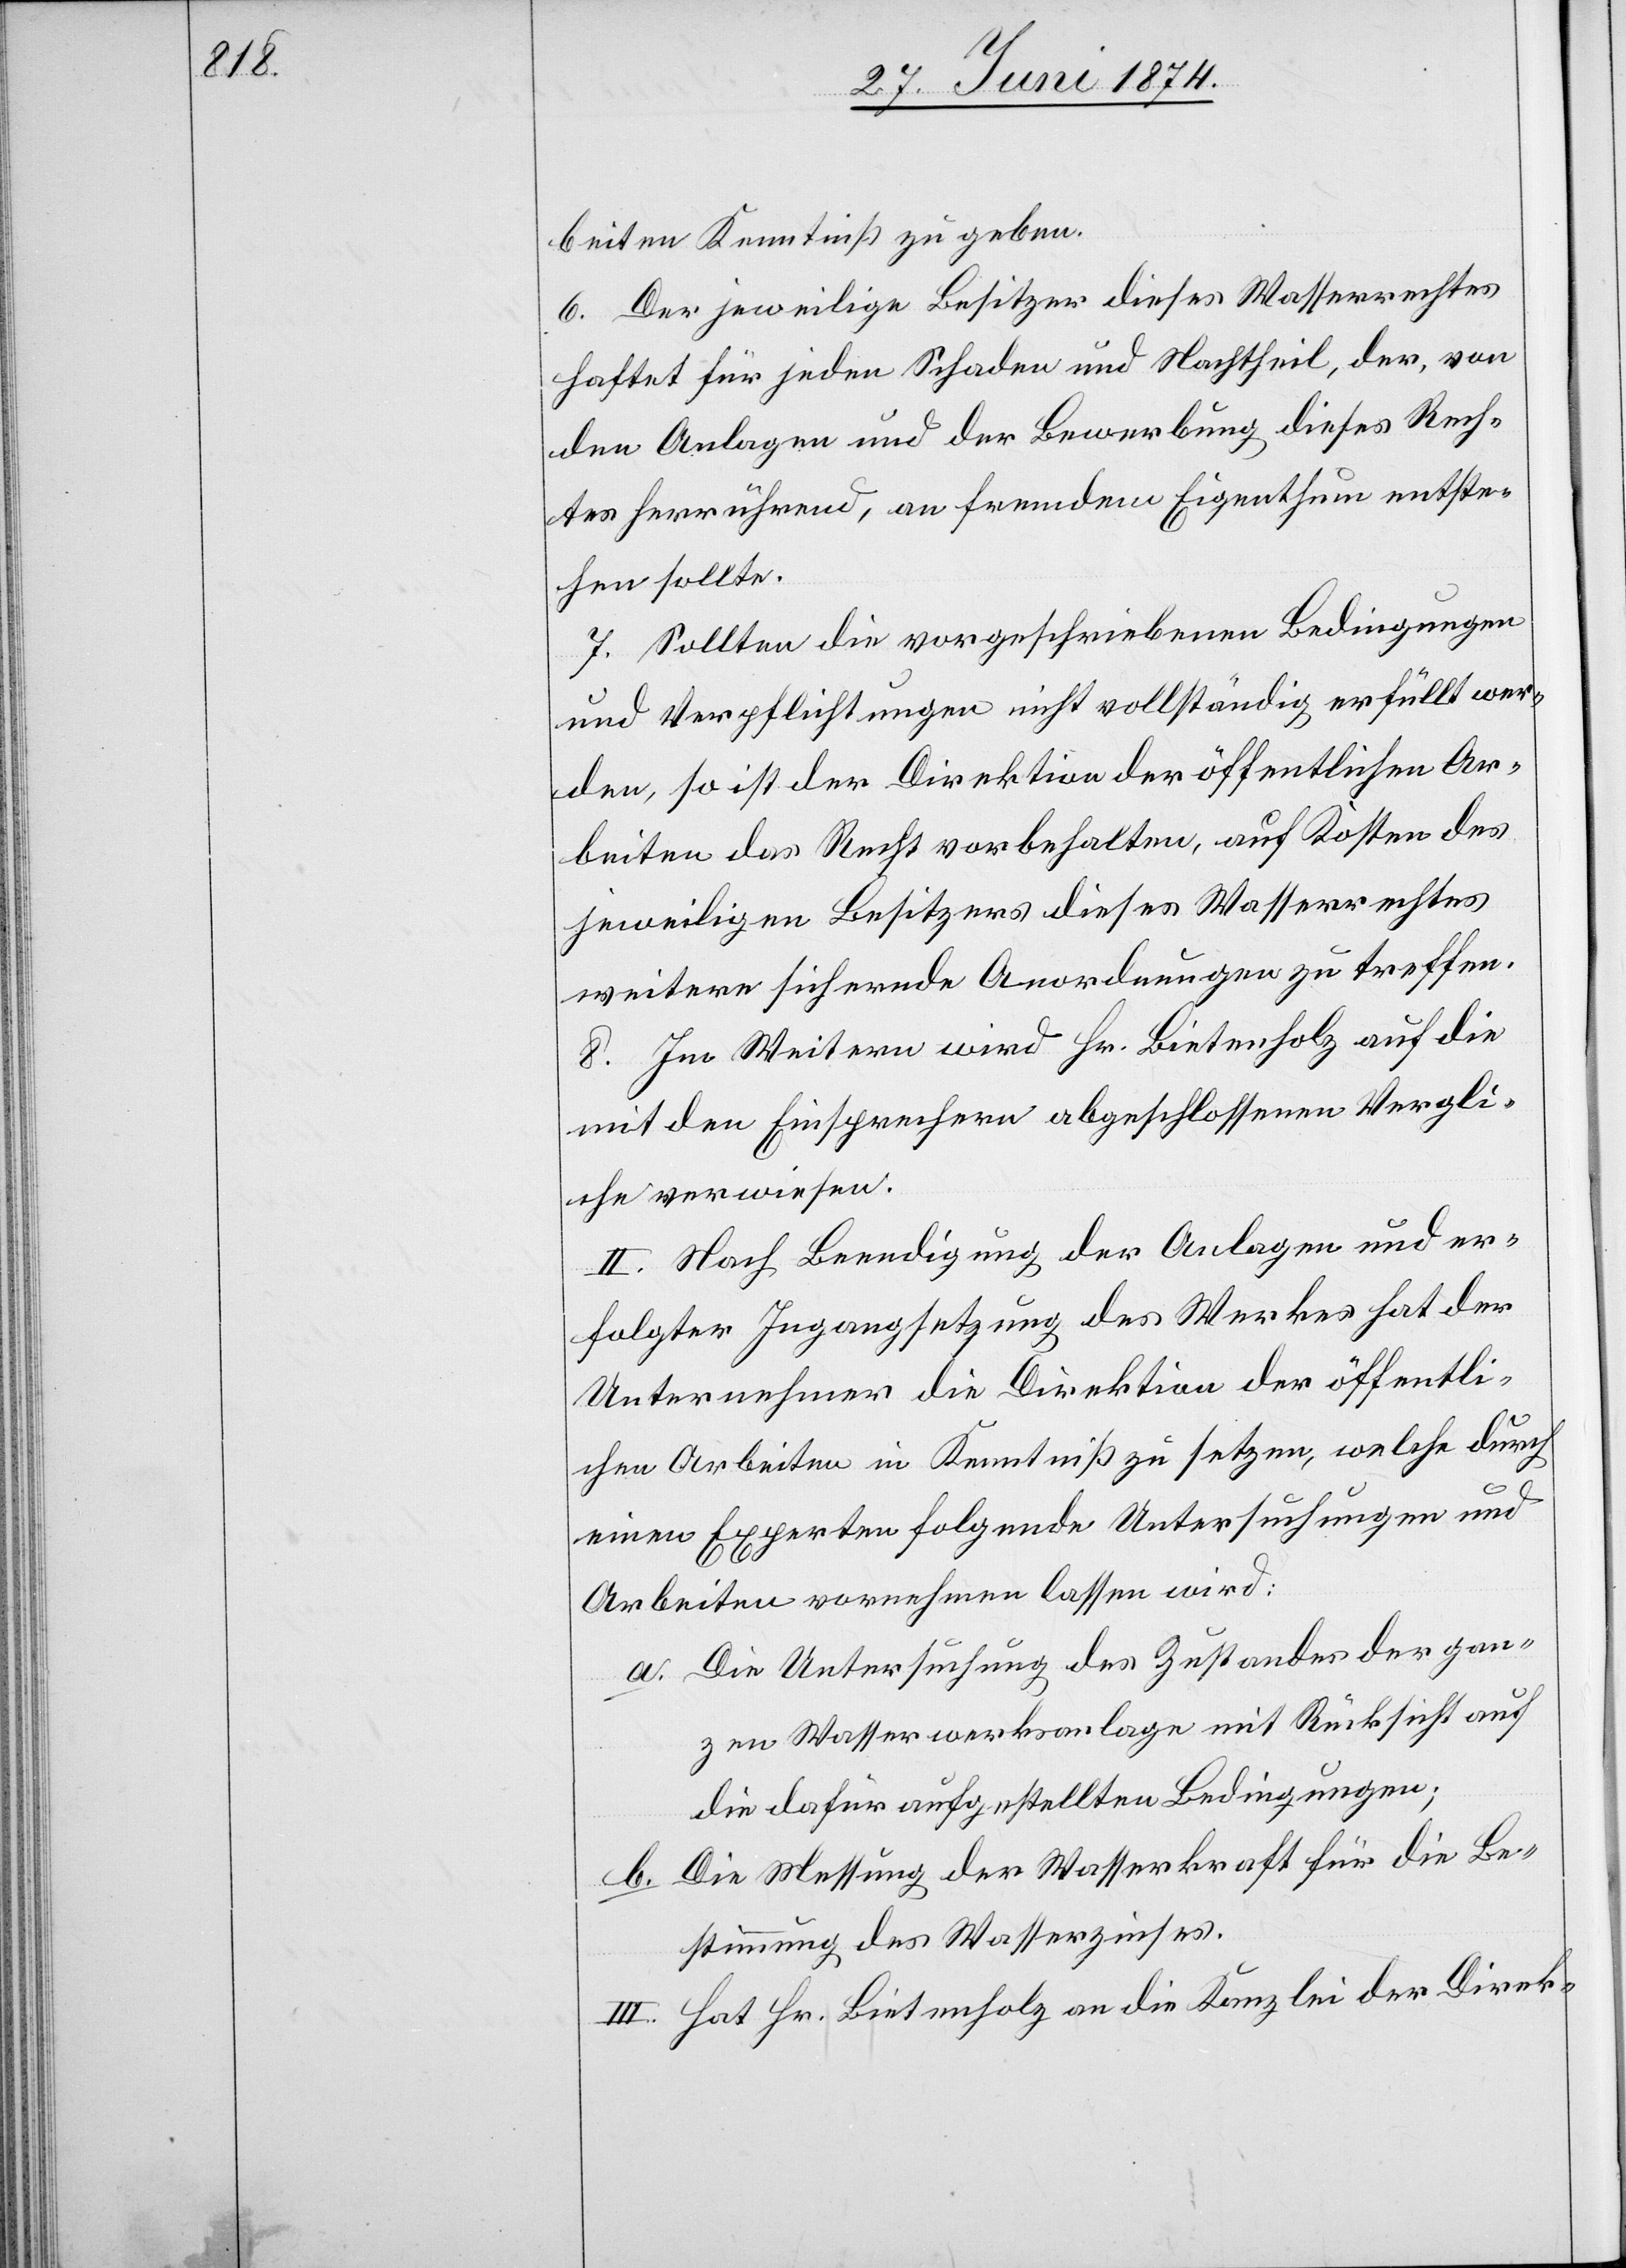
beiten Kenntniß zu geben.
6. Der jeweilige Besitzer dieses Wasserrechtes
haftet für jeden Schaden und Nachtheil, der, von
den Anlagen und der Bewerbung dieses Rech¬
tes herrührend, an fremdem Eigenthum entste¬
hen sollte.
7. Sollten die vorgeschriebenen Bedingungen
und Verpflichtungen nicht vollständig erfüllt wer¬
den, so ist der Direktion der öffentlichen Ar¬
beiten das Recht vorbehalten, auf Kosten des
jeweiligen Besitzers dieses Wasserrechtes
weitere sichernde Anordnungen zu treffen.
8. Im Weitern wird Hr. Bietenholz auf die
mit den Einsprechern abgeschlossenen Vergl[e]i¬
che verwiesen.
II. Nach Beendigung der Anlagen und er¬
folgter Ingangsetzung des Werkes hat der
Unternehmer die Direktion der öffentli¬
chen Arbeiten in Kenntniß zu setzen, welche durch
einen Experten folgende Untersuchungen und
Arbeiten vornehmen lassen wird:
a. Die Untersuchung des Zustandes der gan¬
zen Wasserwerksanlage mit Rücksicht auf
die dafür aufgestellten Bedingungen;
b. Die Messung der Wasserkraft für die Be¬
stimmung des Wasserzinses.
III. Hat Hr. Bietenholz an die Kanzlei der Direk-